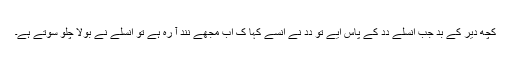
کُچھ دیر کے بد جب اُنسلے دِدِ کے پاس اَیے تو دِدِ نے اُنسے کہا کِ اَب مُجھے نِند آ رہِ ہے تو اُنسلے نے بولا چلو سوتے ہے۔